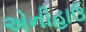
એનીહાઉ